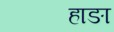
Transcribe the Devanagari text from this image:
हाङा